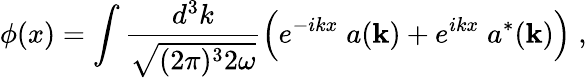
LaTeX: \phi(x)=\int{\frac{d^{3}k}{\sqrt{(2\pi)^{3}2\omega}}}\Big(e^{-ikx}\; a({\mathbf k})+e^{ikx}\; a^{*}({\mathbf k})\Big)\; ,